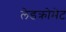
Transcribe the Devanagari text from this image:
लेडक्रोमेट